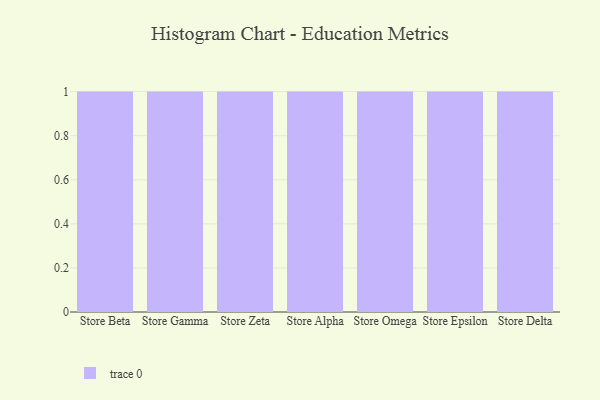
{"axis": {"x": "Store", "y": "Backlog"}, "legend": [""], "data": [{"x": "Store Beta", "y": 28, "type": ""}, {"x": "Store Gamma", "y": 19, "type": ""}, {"x": "Store Zeta", "y": 4, "type": ""}, {"x": "Store Alpha", "y": 97, "type": ""}, {"x": "Store Omega", "y": 88, "type": ""}, {"x": "Store Epsilon", "y": 22, "type": ""}, {"x": "Store Delta", "y": 67, "type": ""}]}